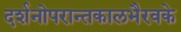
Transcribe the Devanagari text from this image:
दर्शनोपरान्तकालभैरवके